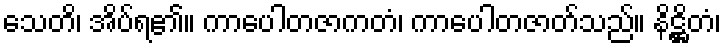
သေတိ၊ အိပ်ရ၏။ ကာပေါတဇာကတံ၊ ကာပေါတဇာတ်သည်။ နိဋ္ဌိတံ၊